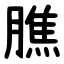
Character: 膲